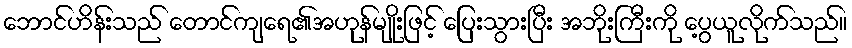
ဘောင်ဟိန်းသည် တောင်ကျရေ၏အဟုန်မျိုးဖြင့် ပြေးသွားပြီး အဘိုးကြီးကို ပွေ့ယူလိုက်သည်။